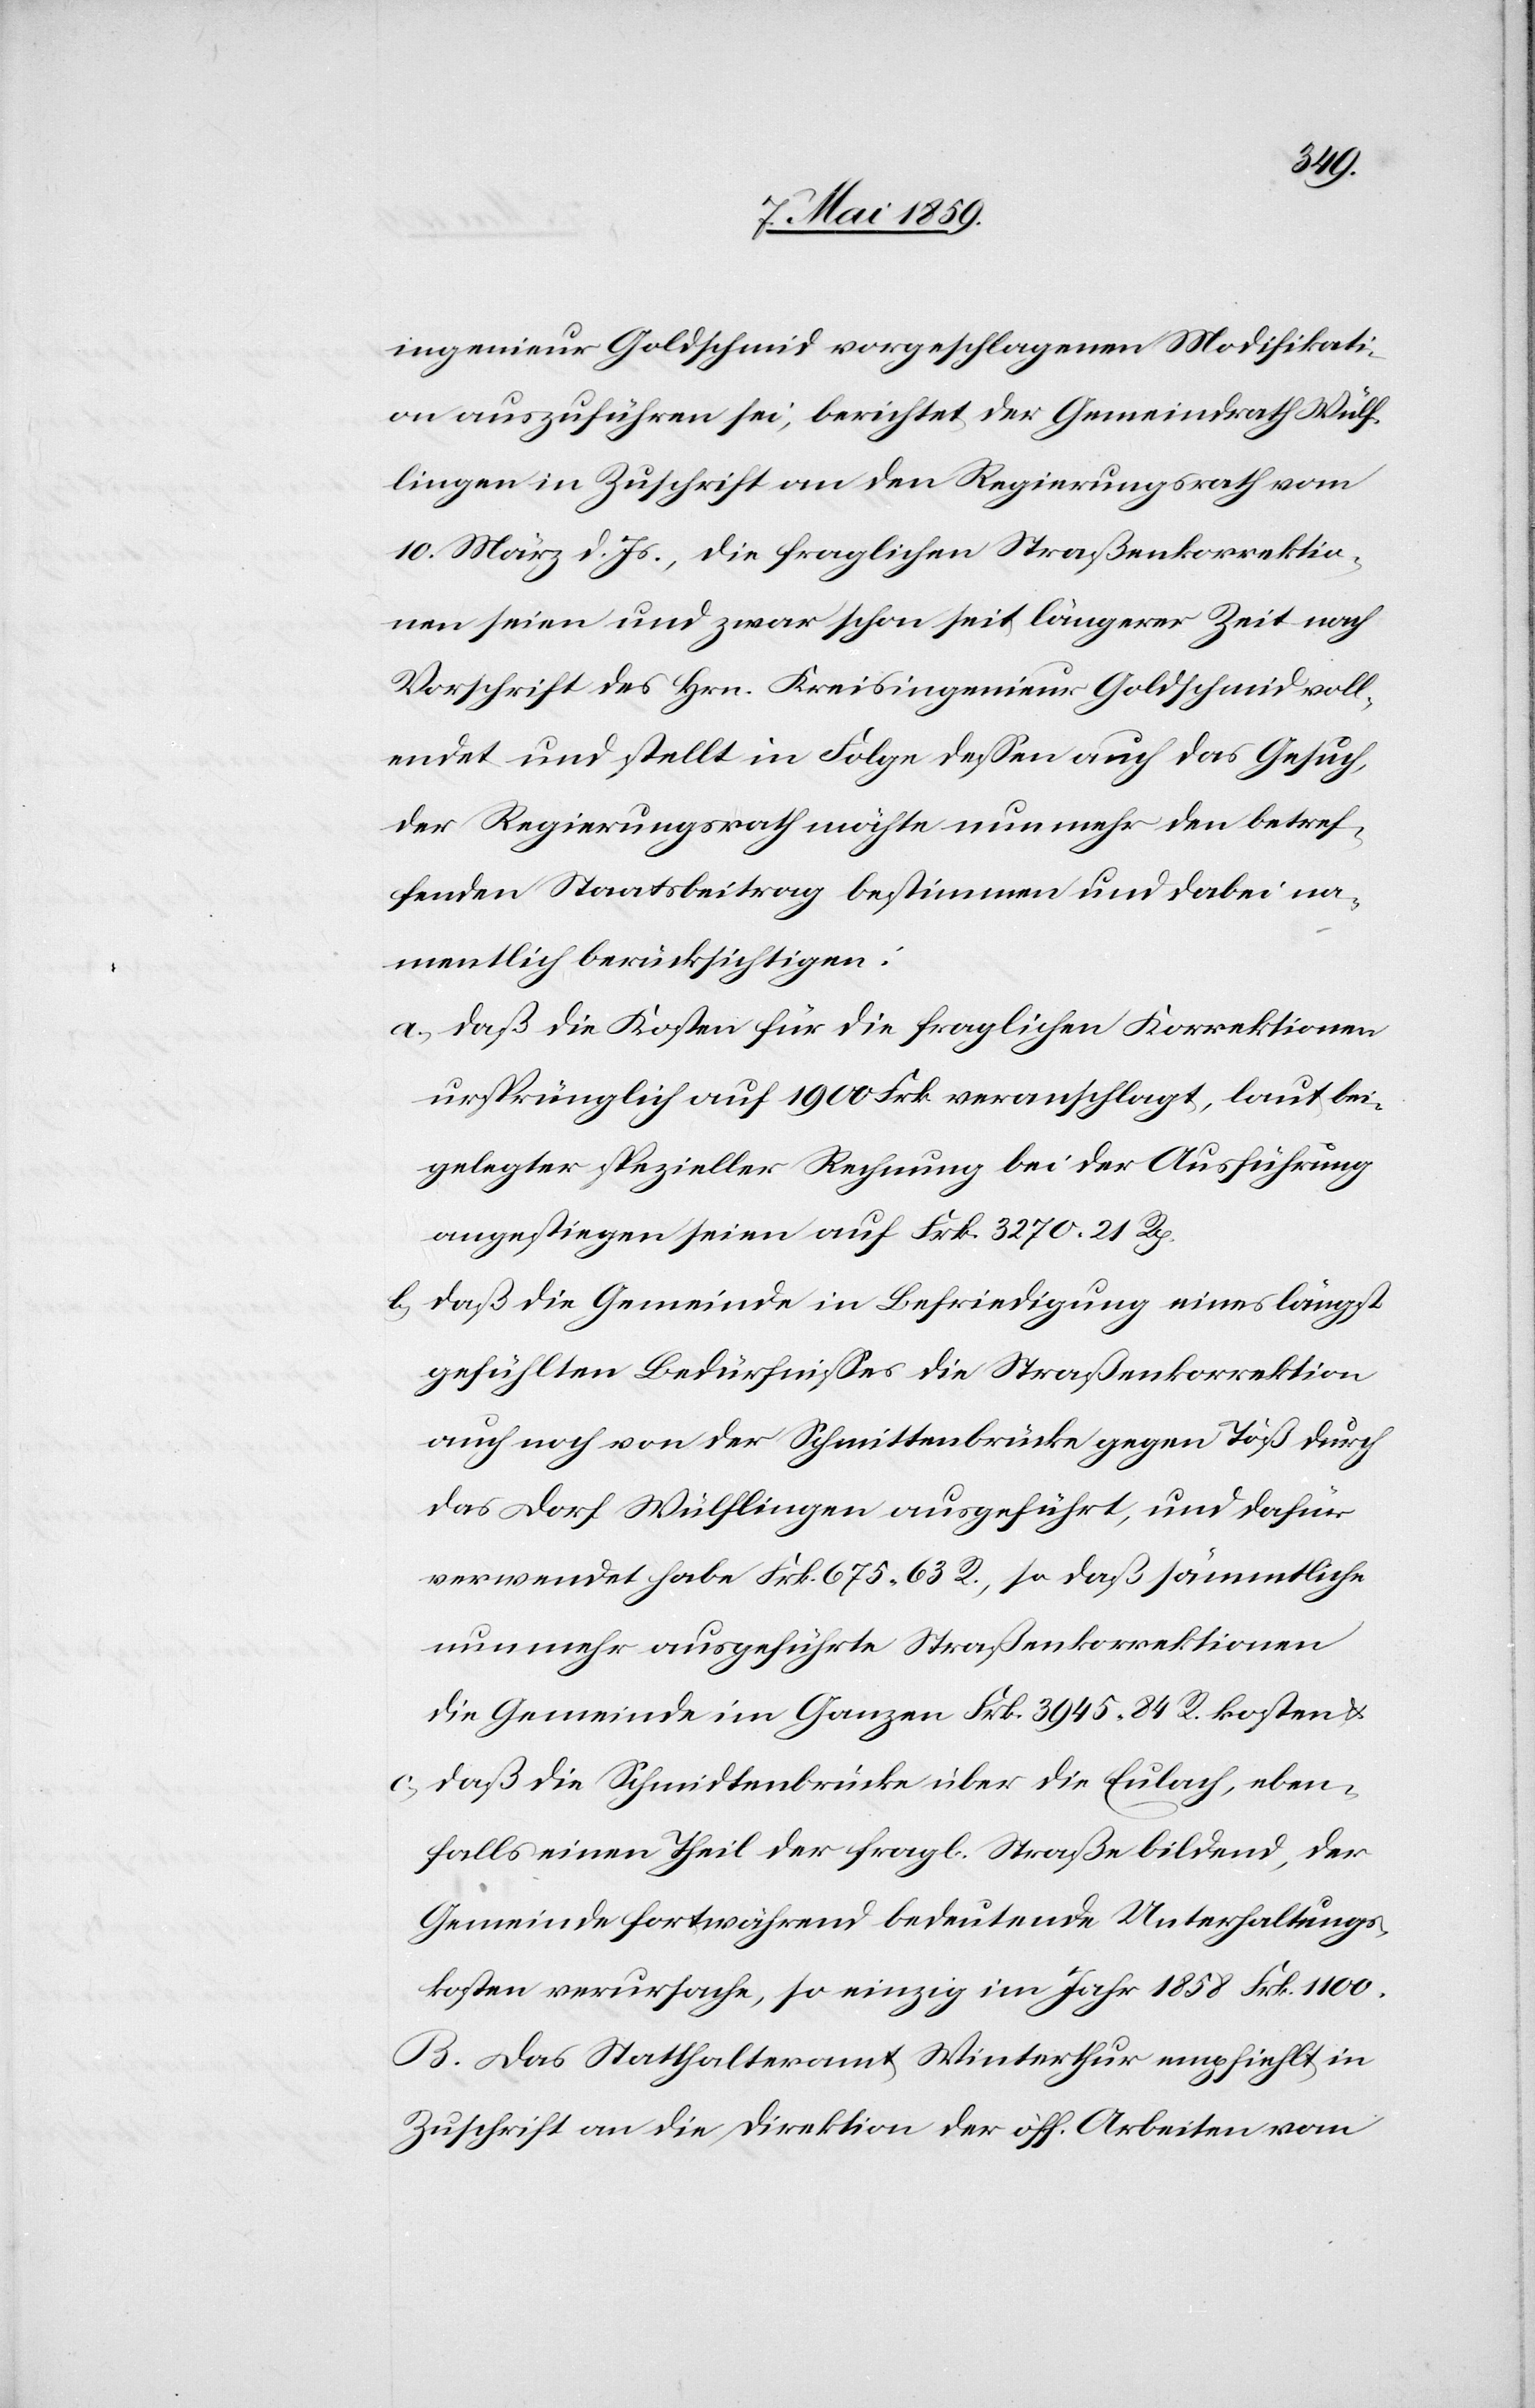
ingenieur Goldschmid vorgeschlagenen Modifikati¬
on auszuführen sei, berichtet der Gemeindrath Wülf¬
lingen in Zuschrift an den Regierungsrath vom
10. März d. Js., die fraglichen Straßenkorrektio¬
nen seien und zwar schon seit längerer Zeit nach
Vorschrift des Hrn. Kreisingenieur Goldschmid voll¬
endet und stellt in Folge deßen auch das Gesuch,
der Regierungsrath möchte nunmehr den betref¬
fenden Staatsbeitrag bestimmen und dabei na¬
mentlich berücksichtigen:
a) daß die Kosten für die fraglichen Korrektionen
ursprünglich auf 1900 Frk. veranschlagt, laut bei¬
gelegter spezieller Rechnung bei der Ausführung
angestiegen seien auf Frk. 3270.21 Rp.
b) daß die Gemeinde in Befriedigung eines längst
gefühlten Bedürfnißes die Straßenkorrektion
auch noch von der Schmittenbrücke gegen Töß durch
das Dorf Wülflingen ausgeführt, und dafür
verwendet habe Frk. 675.63 R., so daß sämmtliche
nunmehr ausgeführte Straßenkorrektionen
die Gemeinde im Ganzen Frk. 3945.84 R. kosten &
c) daß die Schmidtenbrücke über die Eulach, eben¬
falls einen Theil der fragl. Straße bildend, der
Gemeinde fortwährend bedeutende Unterhaltungs¬
kosten verursache, so einzig im Jahr 1858 Frk. 1100.
B. Das Statthalteramt Winterthur empfiehlt in
Zuschrift an die Direktion der öff. Arbeiten vom